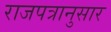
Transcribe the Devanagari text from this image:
राजपत्रानुसार